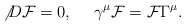
\begin{align*}{\not D} {\cal F} = 0, ~~~~ \gamma^\mu {\cal F} = {\cal F} \Gamma^\mu.\end{align*}